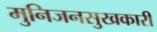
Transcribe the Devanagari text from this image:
मुनिजनसुखकारी